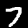
Digit: 7